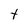
Character: t